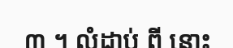
៣ ។ លំដាប់ ពី នោះ